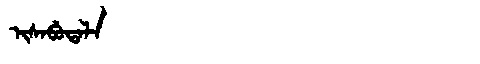
Manchu: ᡳᠰᠠᠪᡠᡨᠠᠯᠠ
Romanization: ISABUTALA